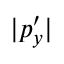
| p _ { y } ^ { \prime } |